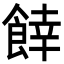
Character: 𩜜